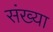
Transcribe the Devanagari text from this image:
संख्या